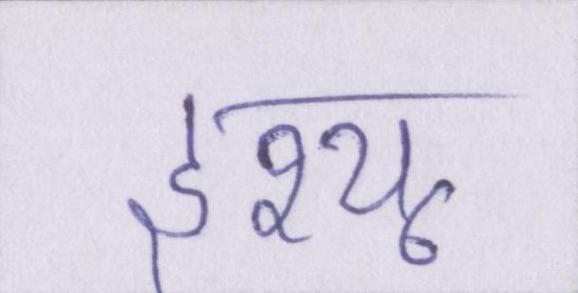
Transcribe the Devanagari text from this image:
इश्यू